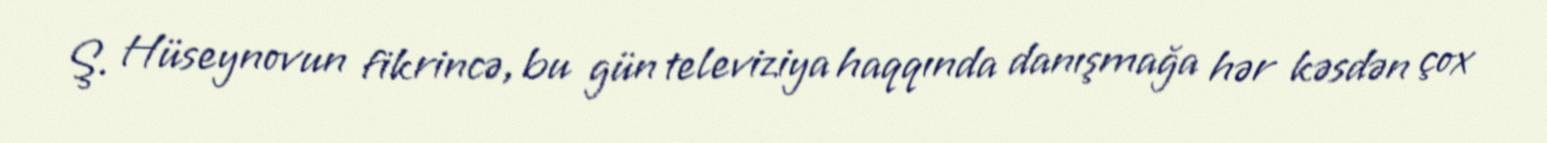
Ş. Hüseynovun fikrincə, bu gün televiziya haqqında danışmağa hər kəsdən çox